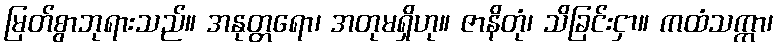
မြတ်စွာဘုရားသည်။ အနုတ္တရော၊ အတုမရှိဟု။ ဇာနိတုံ၊ သိခြင်းငှာ။ ကထံသက္ကာ၊